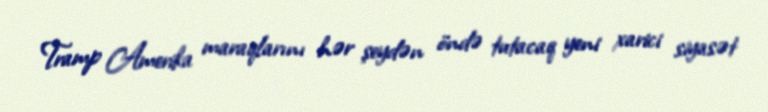
Tramp Amerika maraqlarını hər şeydən öndə tutacaq yeni xarici siyasət